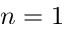
n = 1